Report on vaccination proceedings throughout the Government of Bengal -
Year: 1868
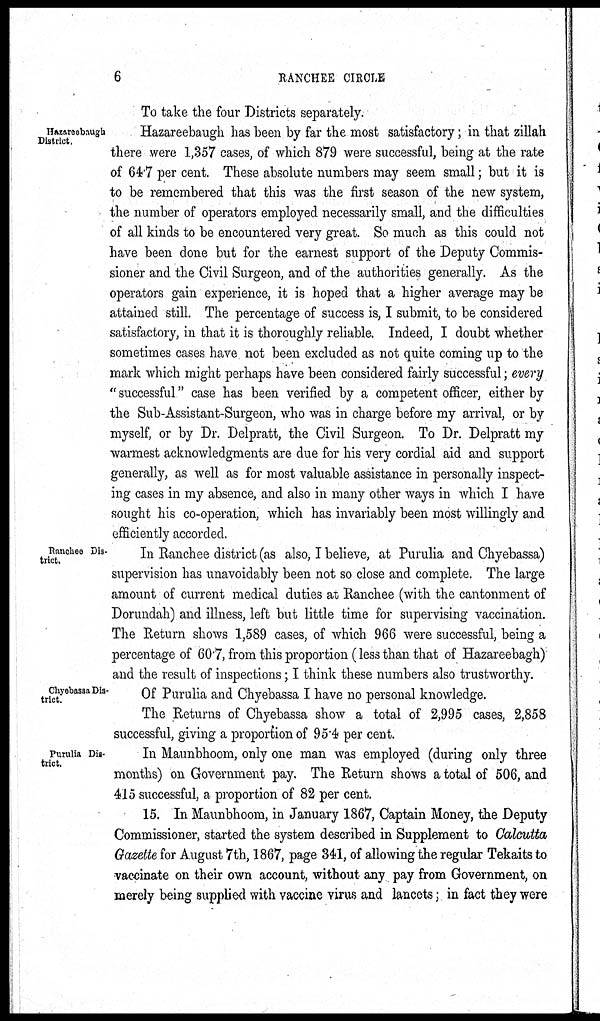
6
RANCHEE
CIRCLE
Hazareebaugh
District.
To take the four Districts separately.
Hazareebaugh has been by far the most satisfactory; in that zillah
there were 1,357 cases, of which 879 were successful, being at the rate
of 64.7 per cent. These absolute numbers may seem small; but it is
to be remembered that this was the first season of the new system,
the number of operators employed necessarily small, and the difficulties
of all kinds to be encountered very great. So much as this could not
have been done but for the earnest support of the Deputy Commis-
sioner and the Civil Surgeon, and of the authorities generally. As the
operators gain experience, it is hoped that a higher average may be
attained still. The percentage of success is, I submit, to be considered
satisfactory, in that it is thoroughly reliable. Indeed, I doubt whether
sometimes cases have not been excluded as not quite coming up to the
mark which might perhaps have been considered fairly successful; every
" successful" case has been verified by a competent officer, either by
the Sub-Assistant-Surgeon, who was in charge before my arrival, or by
myself, or by Dr. Delpratt, the Civil Surgeon. To Dr. Delpratt my
warmest acknowledgments are due for his very cordial aid and support
generally, as well as for most valuable assistance in personally inspect-
ing cases in my absence, and also in many other ways in which I have
sought his co-operation, which has invariably been most willingly and
efficiently accorded.
Ranchee Dis-
trict.
In Ranchee district (as also, I believe, at Purulia and Chyebassa)
supervision has unavoidably been not so close and complete. The large
amount of current medical duties at Ranchee (with the cantonment of
Dorundah) and illness, left but little time for supervising vaccination.
The Return shows 1,589 cases, of which 966 were successful, being a
percentage of 60.7, from this proportion (less than that of Hazareebagh)
and the result of inspections; I think these numbers also trustworthy.
Chyebassa Dis-
trict.
Of Purulia and Chyebassa I have no personal knowledge.
The Returns of Chyebassa show a total of 2,995 cases, 2,858
successful, giving a proportion of 95.4 per cent.
Purulia Dis-
trict.
In Maunbhoom, only one man was employed (during only three
months) on Government pay. The Return shows a total of 506, and
415 successful, a proportion of 82 per cent.
15. In Maunbhoom, in January 1867, Captain Money, the Deputy
Commissioner, started the system described in Supplement to Calcutta
Gazette for August 7th, 1867, page 341, of allowing the regular Tekaits to
vaccinate on their own account, without any pay from Government, on
merely being supplied with vaccine virus and lancets; in fact they were